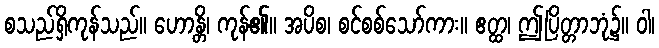
စသည်ရှိကုန်သည်။ ဟောန္တိ၊ ကုန်၏။ အပိစ၊ စင်စစ်သော်ကား။ ဧတ္ထ၊ ဤပြိတ္တာဘုံ၌။ ဝါ၊